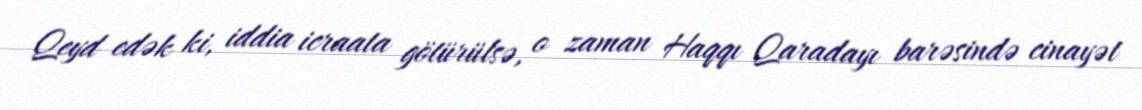
Qeyd edək ki, iddia icraata götürülsə, o zaman Haqqı Qaradayı barəsində cinayət